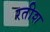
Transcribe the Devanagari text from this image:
रतीश